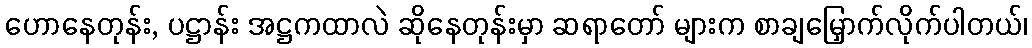
ဟောနေတုန်း, ပဋ္ဌာန်း အဋ္ဌကထာလဲ ဆိုနေတုန်းမှာ ဆရာတော် များက စာချမြှောက်လိုက်ပါတယ်၊